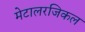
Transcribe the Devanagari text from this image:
मेटालरजिकल